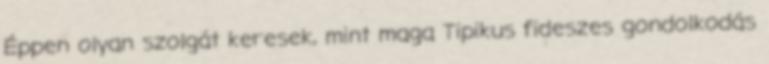
Éppen olyan szolgát keresek, mint maga Tipikus fideszes gondolkodás